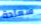
سعادة